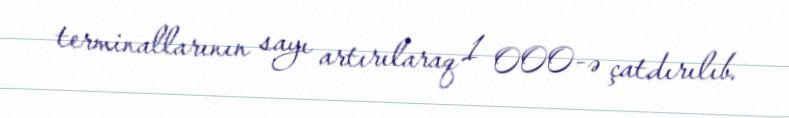
terminallarının sayı artırılaraq 1 000-ə çatdırılıb.